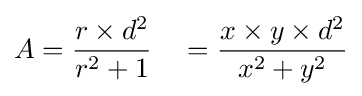
A={\frac {r\times d^{2}}{{r^{2}}+1}}\quad ={\frac {x\times y\times d^{2}}{x^{2}+y^{2}}}